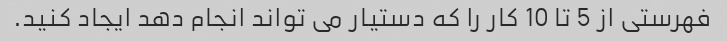
فهرستی از 5 تا 10 کار را که دستیار می تواند انجام دهد ایجاد کنید.